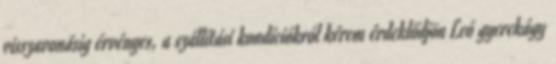
visszavonásig érvényes, a szállítási kondíciókról kérem érdeklődjön Leó gyerekágy